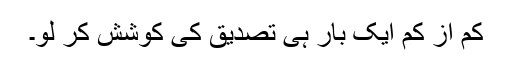
کم از کم ایک بار ہی تصدیق کی کوشش کر لو۔